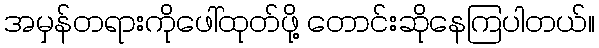
အမှန်တရားကိုဖေါ်ထုတ်ဖို့ တောင်းဆိုနေကြပါတယ်။